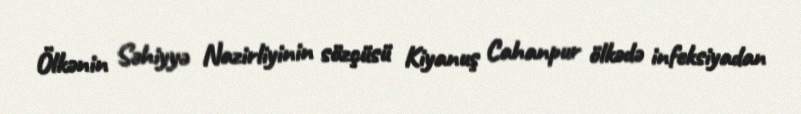
Ölkənin Səhiyyə Nazirliyinin sözçüsü Kiyanuş Cahanpur ölkədə infeksiyadan